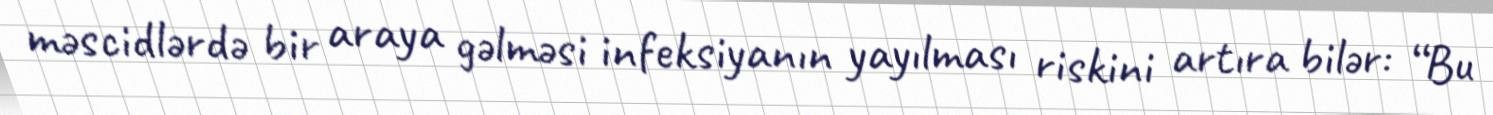
məscidlərdə bir araya gəlməsi infeksiyanın yayılması riskini artıra bilər: “Bu